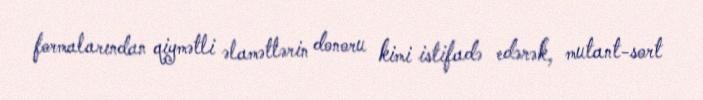
formalarından qiymətli əlamətlərin donoru kimi istifadə edərək, mutant-sort